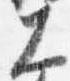
大